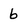
Character: 6